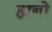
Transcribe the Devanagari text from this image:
हानो